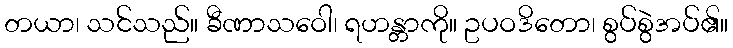
တယာ၊ သင်သည်။ ခီဏာသဝေါ၊ ရဟန္တာကို။ ဥပဝဒိတော၊ စွပ်စွဲအပ်၏။